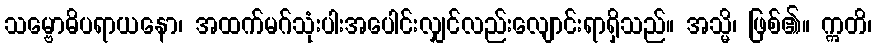
သမ္ဗောဓိပရာယနော၊ အထက်မဂ်သုံးပါးအပေါင်းလျှင်လည်းလျောင်းရာရှိသည်။ အသ္မိ၊ ဖြစ်၏။ ဣတိ၊